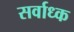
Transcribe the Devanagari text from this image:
सर्वाध्क